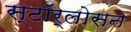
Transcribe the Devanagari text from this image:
स्टॉर्लोसन